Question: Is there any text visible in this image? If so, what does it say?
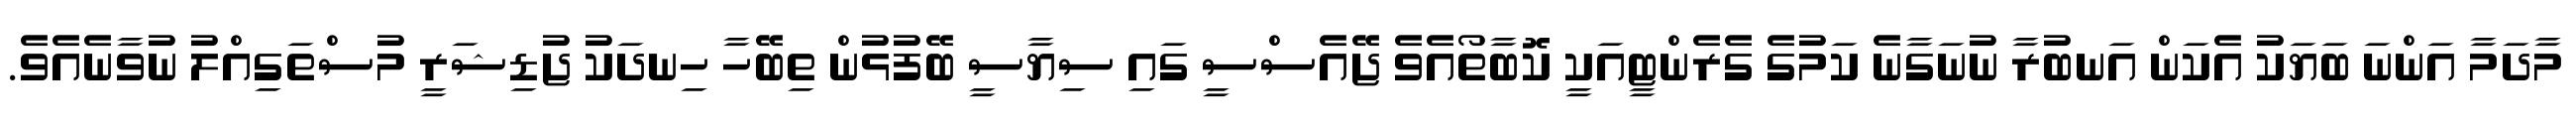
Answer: މާދަމާ އަންނަ ބަޔަކު އެކަން އަނބުރާ ނުނަގާނެ ކަމުގެ ގެރެންޓީއަކީ ކޮބާތޯއެވެ ޖޭއެސްސީ ގައި ސިޔާސީ ބޭފުޅުން ތިބޭހާ ހިނދަކު ޖުޑިޝަރީ މުސްތަގިއްލު ނުވާނެއެވެ.